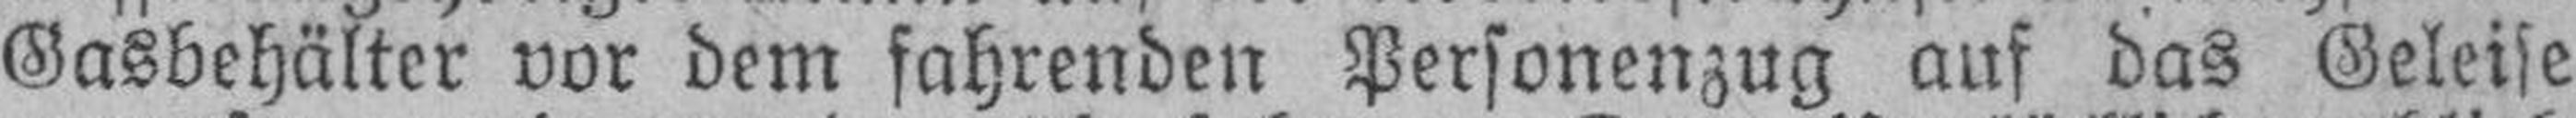
Gasbehälter vor dem fahrenden Personenzug auf das Geleise